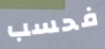
فحسب